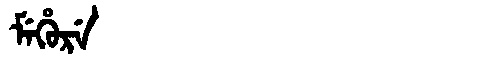
Manchu: ᠮᡝᡥᡠᡵᡝ
Romanization: MEHURE